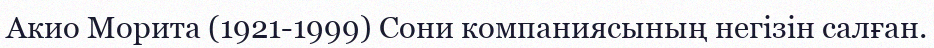
Акио Морита (1921-1999) Сони компаниясының негізін салған.